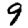
Digit: 9